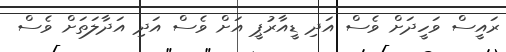
ރައީސް ވަހީދަށް ވެސް އަދި ޑީއާރުޕީ އަށް ވެސް އަދި އަދާލަތަށް ވެސް